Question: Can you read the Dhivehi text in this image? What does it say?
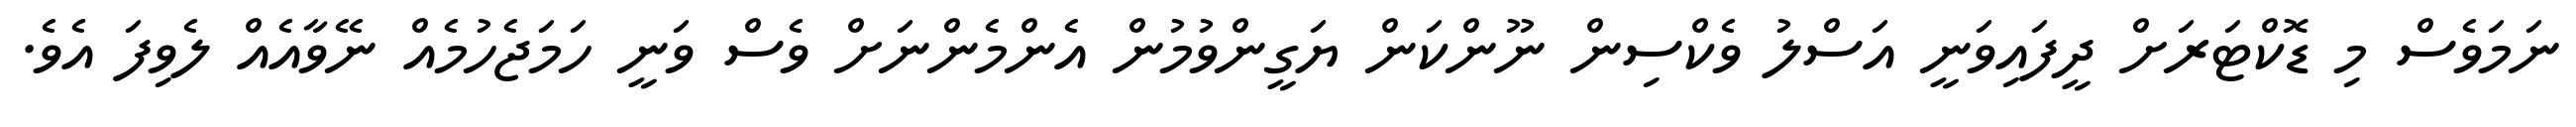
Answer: ނަމަވެސް މި ޑޮކްޓަރަށް ދީފައިވަނީ އަސްލު ވެކްސިން ނޫންކަން ޔަގީންވުމުން އެންމެންނަށް ވެސް ވަނީ ހަމަޖެހުމެއް ނޭވާއެއް ލެވިފަ އެވެ.